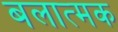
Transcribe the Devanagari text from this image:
बलात्मक